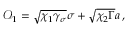
\mathcal { O } _ { 1 } = \sqrt { \chi _ { 1 } \gamma _ { \sigma } } \sigma + \sqrt { \chi _ { 2 } \Gamma } a \, ,